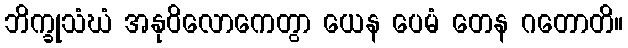
ဘိက္ခုသံဃံ အနုဝိလောကေတွာ ယေန ပေမံ တေန ဂတောတိ။